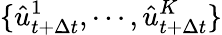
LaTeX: \{ \hat{u}_{t+\Delta t}^{1},\cdots,\hat{u}_{t+\Delta t}^{K}\}